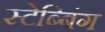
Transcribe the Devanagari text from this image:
स्टेब्बिंग